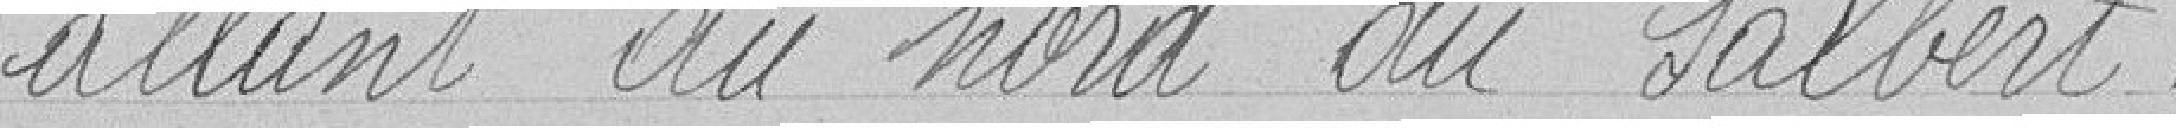
allant au nord du Salbert.